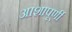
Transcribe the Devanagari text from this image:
आशापूर्णी